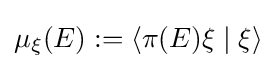
\mu _{\xi }(E):=\langle \pi (E)\xi \mid \xi \rangle